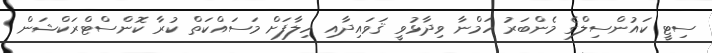
ސިޓީ ކައުންސިލްގެ މެންބަރު ހަމްނާ ވިދާޅުވީ ޤަވައިދާއި ހިލާފަށް މަސައްކަތް ކުރާ ކޮންސްޓްރަކްޝަން